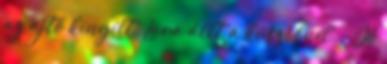
az ajtó kinyílt, Lara állt a küszöbnél. - Jó